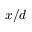
x / d